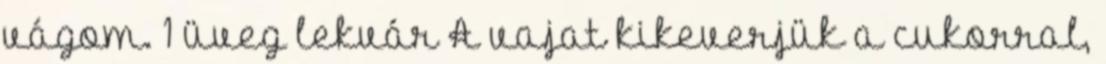
vágom. 1 üveg lekvár A vajat kikeverjük a cukorral,